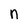
Character: n